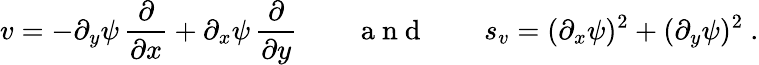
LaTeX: v=-\partial_{y}\psi\, \frac\partial{\partial x}+\partial_{x}\psi\, \frac\partial{\partial y}\qquad\mathrm{~a~n~d~}\qquad s_{v}=(\partial_{x}\psi)^{2}+(\partial_{y}\psi)^{2}\ .